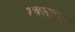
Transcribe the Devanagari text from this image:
पचलहरा